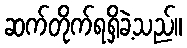
ဆက်တိုက်ရရှိခဲ့သည်။